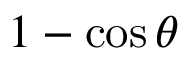
1 - \cos \theta